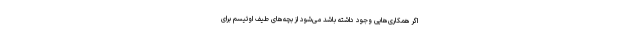
اگر همکاری‌هایی وجود داشته باشد می‌شود از بچه‌های طیف اوتیسم برای